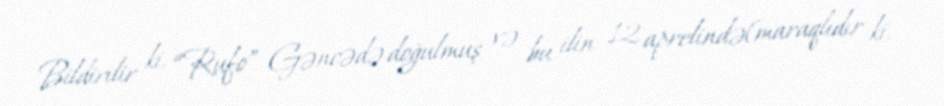
Bildirilir ki, “Rufo” Gəncədə doğulmuş və bu ilin 12 aprelində(maraqlıdır ki,